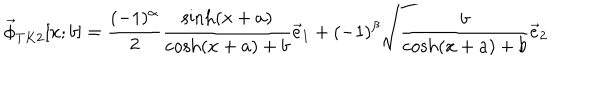
\vec { \phi } _ { T K 2 } [ x ; b ] = \frac { ( - 1 ) ^ { \alpha } } { 2 } \frac { \sinh ( x + a ) } { \cosh ( x + a ) + b } \vec { e } _ { 1 } + ( - 1 ) ^ { \beta } \sqrt { \frac { b } { \cosh ( x + a ) + b } } \vec { e } _ { 2 }